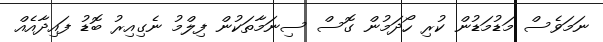
ނަމަވެސް މަޑުމަޑުން ކުރި ހޯދަމުން ގޮސް ސިނަމާތަކުން ފިލްމު ނެގިއިރު ބޮޑު ފައިދާއެއް